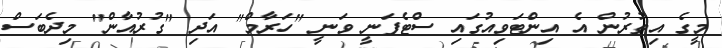
މީގެ އިތުރުން އެ އިންޓަވިއުގައި ސްޓެފަނީ ވަނީ "ހަރާމް" އަދި "ގުރުއާން" މިދެބަސް